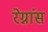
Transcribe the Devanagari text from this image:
रेग्नांस